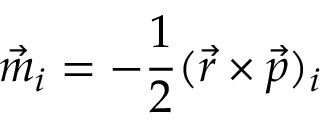
\vec { m } _ { i } = - \frac { 1 } { 2 } ( \vec { r } \times \vec { p } ) _ { i }